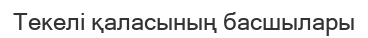
Текелі қаласының басшылары